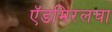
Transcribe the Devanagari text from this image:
ऍडमिरलचा